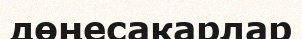
дөңесакарлар